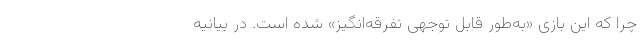
چرا که این بازی «به‌طور قابل توجهی تفرقه‌انگیز» شده است. در بیانیه